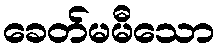
ခေတ်မမီသော